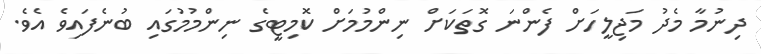
ދިނުމާ މެދު މަޖިލީހަށް ފެންނަ ގޮތަކަށް ނިންމުމަށް ކޮމިޓީގެ ނިންމުމުގައި ބުނެފައިވެ އެވެ.